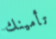
تأمينك